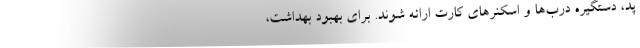
پد، دستگیره درب‌ها و اسکنرهای کارت ارائه شوند. برای بهبود بهداشت،